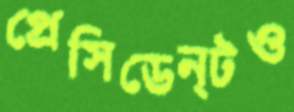
প্রেসিডেন্টও